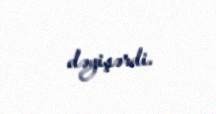
dəyişərdi.